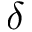
\delta